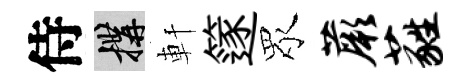
侍構軒篴眾蕨蕤